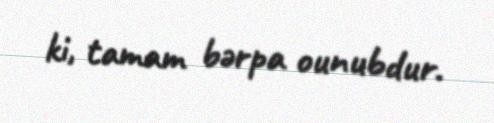
ki, tamam bərpa ounubdur.